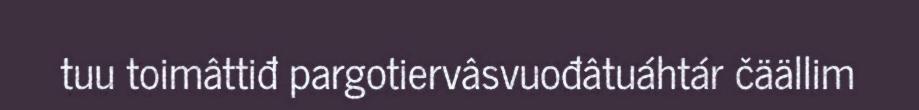
tuu toimâttiđ pargotiervâsvuođâtuáhtár čäällim